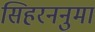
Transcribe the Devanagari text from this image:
सिहरननुमा